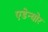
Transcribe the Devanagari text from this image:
एडेन्योर